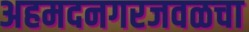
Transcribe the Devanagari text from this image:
अहमदनगरजवळचा